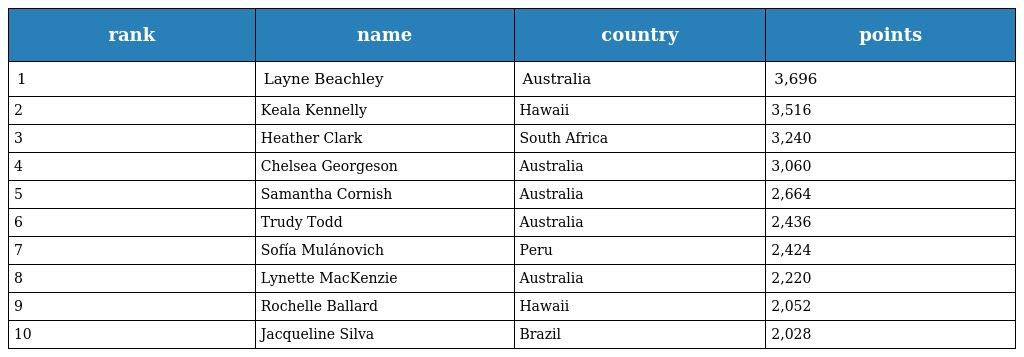
| rank | name | country | points |
 | --- | --- | --- | --- |
 | 1 | Layne Beachley | Australia | 3,696 |
 | 2 | Keala Kennelly | Hawaii | 3,516 |
 | 3 | Heather Clark | South Africa | 3,240 |
 | 4 | Chelsea Georgeson | Australia | 3,060 |
 | 5 | Samantha Cornish | Australia | 2,664 |
 | 6 | Trudy Todd | Australia | 2,436 |
 | 7 | Sofía Mulánovich | Peru | 2,424 |
 | 8 | Lynette MacKenzie | Australia | 2,220 |
 | 9 | Rochelle Ballard | Hawaii | 2,052 |
 | 10 | Jacqueline Silva | Brazil | 2,028 |